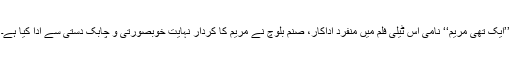
’’ایک تھی مریم‘‘ نامی اس ٹیلی فلم میں منفرد اداکار، صنم بلوچ نے مریم کا کردار نہایت خوبصورتی و چابک دستی سے ادا کیا ہے۔